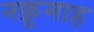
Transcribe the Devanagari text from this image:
नक्रुमाह